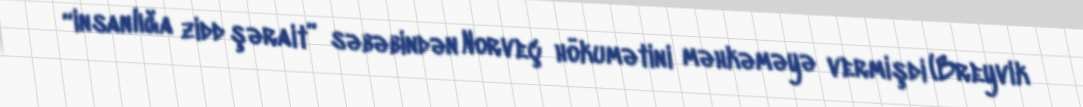
“insanlığa zidd şərait” səbəbindən Norveç hökumətini məhkəməyə vermişdi (Breyvik